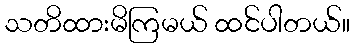
သတိထားမိကြမယ် ထင်ပါတယ်။